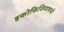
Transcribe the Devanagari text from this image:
इकोफिजियालाजी